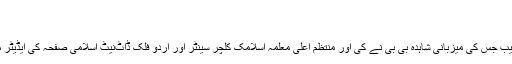
معلمہ
،፣ایڈیٹر ساجدہ پروین
اتوار کی سہ پہر ہولملیا کے اسکول میں ہونے والی خواتین کی تقریب جس کی میزبانی شاہدہ بی بی نے کی اور منتظم اعلیٰ معلمہ اسلامک کلچر سینٹر اور اردو فلک ڈاٹ‌نیٹ اسلامی صفحہ کی ایڈیٹر محترمہ ساجدہ پروین صاحبہ تھیں میں مقامی خواتین نے حصہ لیا۔